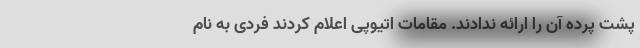
پشت پرده آن را ارائه ندادند. مقامات اتیوپی‌ اعلام کردند فردی به نام